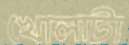
খোলাটা